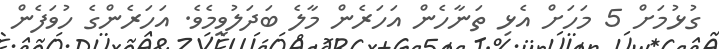
ގުޅުމަށް 5 މަހަށް އެޅި ތަނާހެން އަހަރެން މާލެ ބަދަލުވީމެވެ. އަހަރެންގެ ހުވަފެން